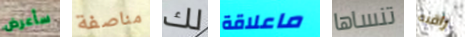
سأعرض مناصفة لك ماعلاقة تنساها راقبه